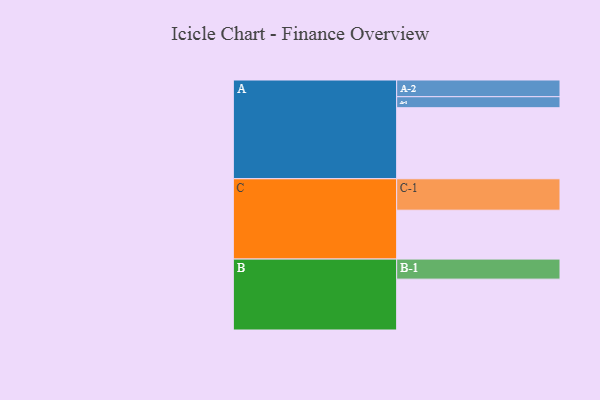
{"axis": {"x": "Segment", "y": "Value"}, "legend": ["", "A", "B", "C"], "data": [{"x": "A", "y": 574, "type": ""}, {"x": "B", "y": 411, "type": ""}, {"x": "C", "y": 395, "type": ""}, {"x": "A-1", "y": 89, "type": "A"}, {"x": "A-2", "y": 135, "type": "A"}, {"x": "B-1", "y": 162, "type": "B"}, {"x": "C-1", "y": 254, "type": "C"}]}